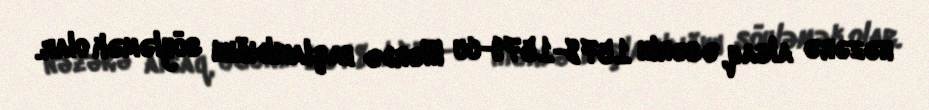
nəzərə alsaq, əsərin 1578-1579-cu illərdə başlanıldığını söyləmək olar.